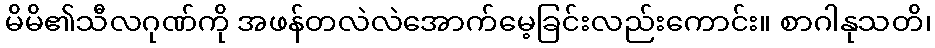
မိမိ၏သီလဂုဏ်ကို အဖန်တလဲလဲအောက်မေ့ခြင်းလည်းကောင်း။ စာဂါနုသတိ၊